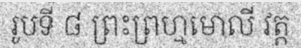
រូបទី ៨ ព្រះព្រហ្មមោលី វត្ត